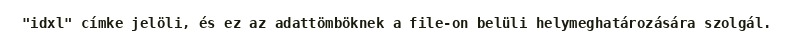
"idxl" címke jelöli, és ez az adattömböknek a file-on belüli helymeghatározására szolgál.